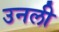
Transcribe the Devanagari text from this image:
उनली